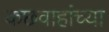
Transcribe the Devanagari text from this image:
कछवाहांच्या